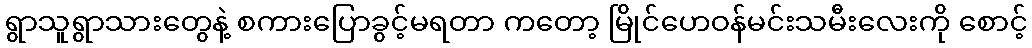
ရွာသူရွာသားတွေနဲ့ စကားပြောခွင့်မရတာ ကတော့ မြိုင်ဟေဝန်မင်းသမီးလေးကို စောင့်